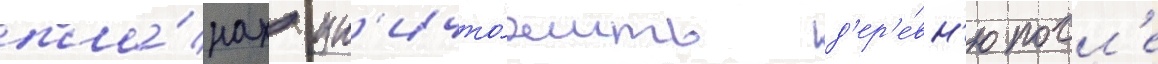
пла́нах ун'ичто́жить д'ер'е́вн'ю посл'е